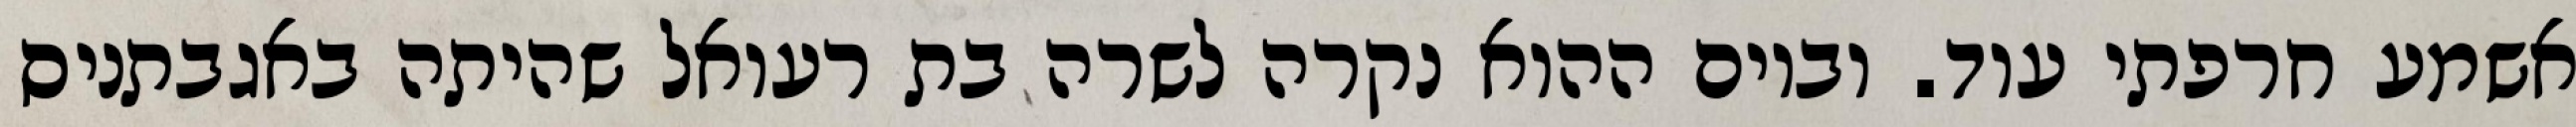
אשמע חרפתי עוד. וביום ההוא נקרה לשרה בת רעואל שהיתה באגבתניס